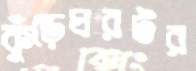
কুঁড়েঘরটর